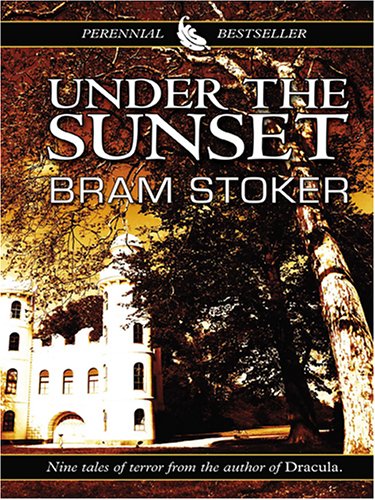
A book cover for Under The Sunset; Bram Stoker; Literature & Fiction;